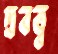
দ্রবত্ব